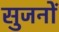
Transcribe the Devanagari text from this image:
सुजनों